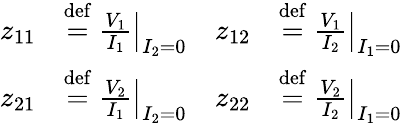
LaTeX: {\begin{array}{rlrl}{z_{11}}&{\mathrel{\stackrel{\mathrm{def}}{=}}\left.{\frac{V_{1}}{I_{1}}}\right|_{I_{2}=0}}&{z_{12}}&{\mathrel{\stackrel{\mathrm{def}}{=}}\left.{\frac{V_{1}}{I_{2}}}\right|_{I_{1}=0}}\\ {z_{21}}&{\mathrel{\stackrel{\mathrm{def}}{=}}\left.{\frac{V_{2}}{I_{1}}}\right|_{I_{2}=0}}&{z_{22}}&{\mathrel{\stackrel{\mathrm{def}}{=}}\left.{\frac{V_{2}}{I_{2}}}\right|_{I_{1}=0}}\end{array}}